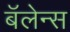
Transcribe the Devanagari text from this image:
बॅलेन्स